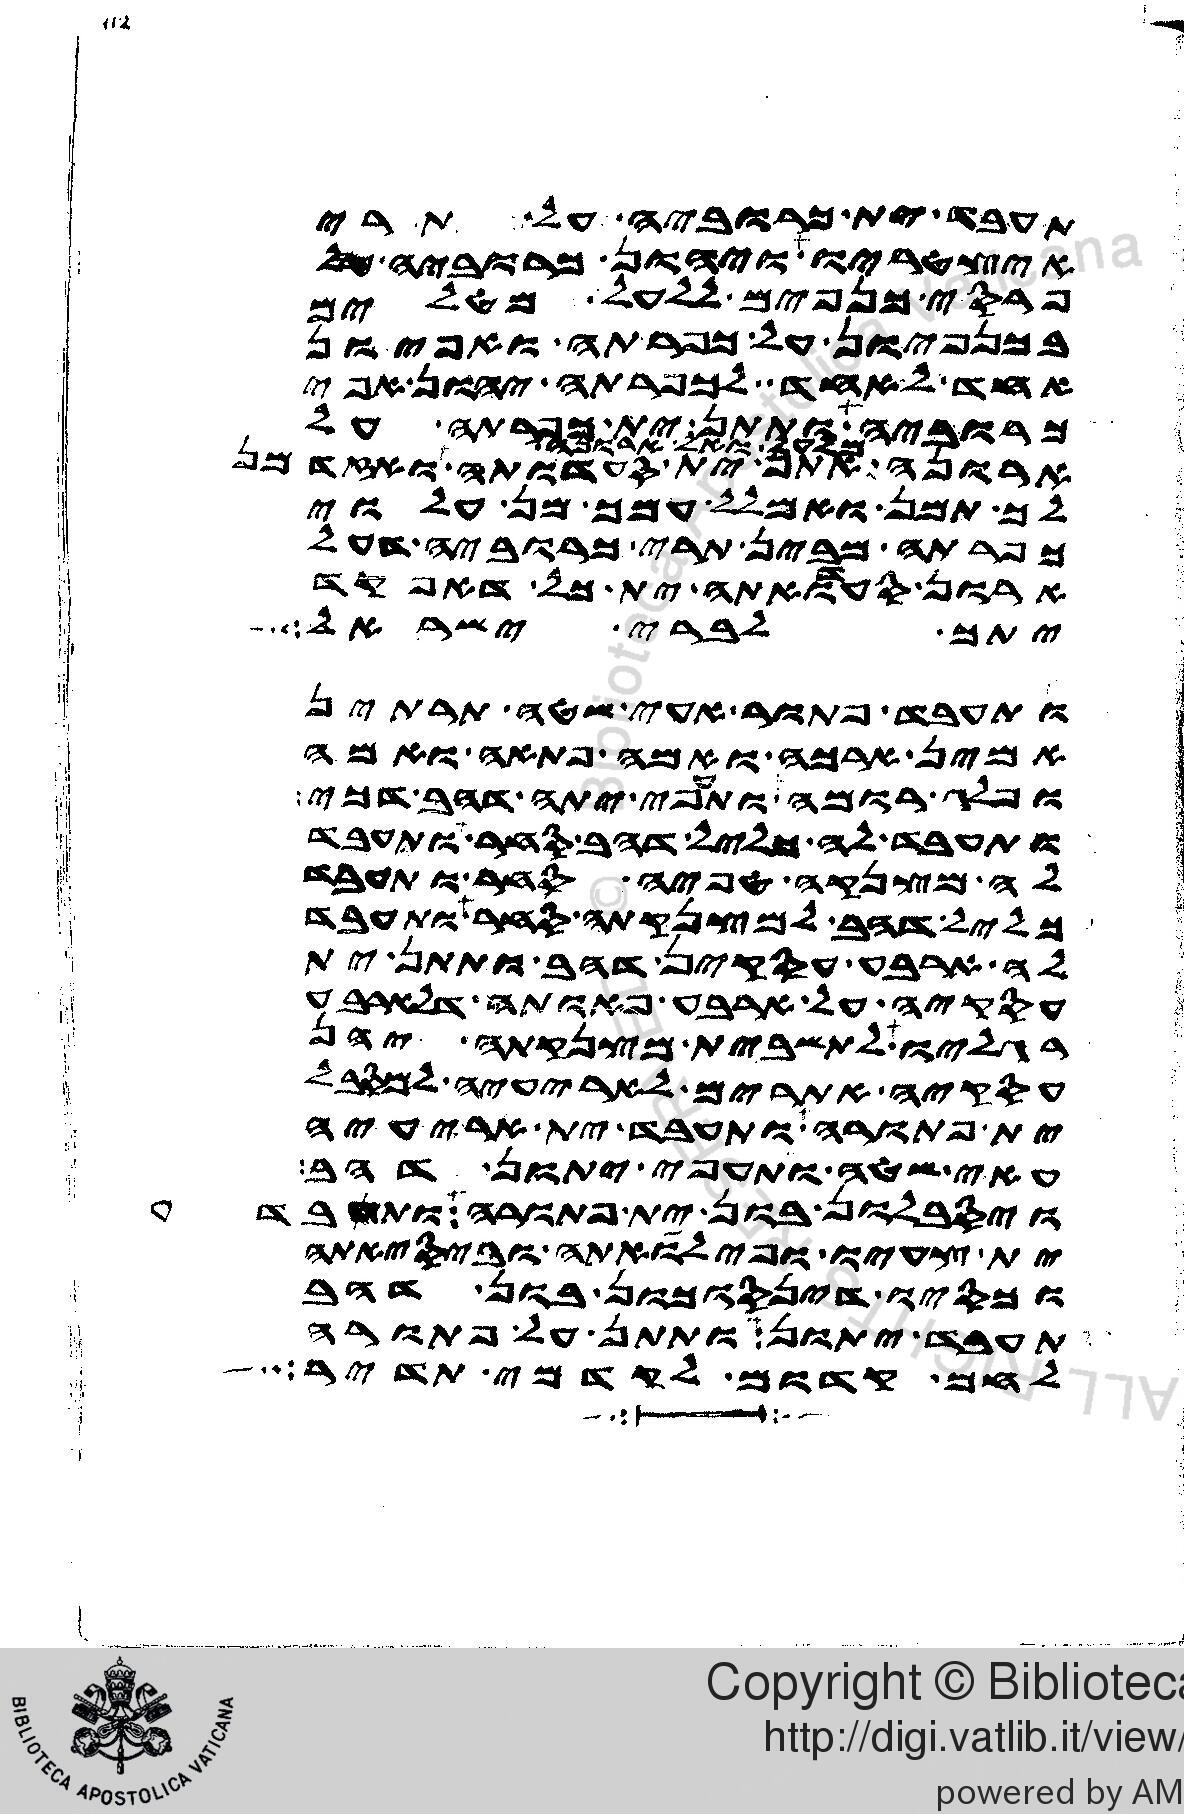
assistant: תעבד ית כרוביה על תרי
אצטריו ויהון כרוביה
פרסי כנפים ללעל מטלים
בכנפיון על כפרתה ואפיון
אחד לאחד לכפרתה יהון אפי
כרוביה ותתן ית כפרתה על
ארונה תתן ית סעדותה ואזדמן
לך תמן ואמלל עמך מן עלוי
כפרתה מבין תרי כרוביה דעל
ארון סעדואתה ית כל דאפקד
יתך לברי ישראל
ותעבד פתור עאי שטה תרתין
אמין ארכה ואמה פתאה ואמה
ופלג רומה ותעפי יתה דהב דכי
ותעבד לה כליל דהב סחר ותעבד
לה מצנקה טפיה סחר ותעבד
כליל דהב למצנקתה סחר ותעבד
לה ארבע עסקין דהב ותתן ית
עסקיה על ארבע פאותה דלארבע
רגליו לתשבית מצנקתה יהן
עסקיה אתרים לאריעיה למסבל
ית פתורה ותעבד ית אריעיה
עאי שטה ותעפי יתון דהב
ויסבלון בון ית פתורה ותעבד
צעיו ופילואתה וביסיאתה
וכסיו דינסוכון דהב
תעבד יתון ותתן על פתורה
לחם קדום לקדמי תדיר